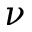
\nu